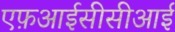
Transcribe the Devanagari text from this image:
एफ़आईसीसीआई